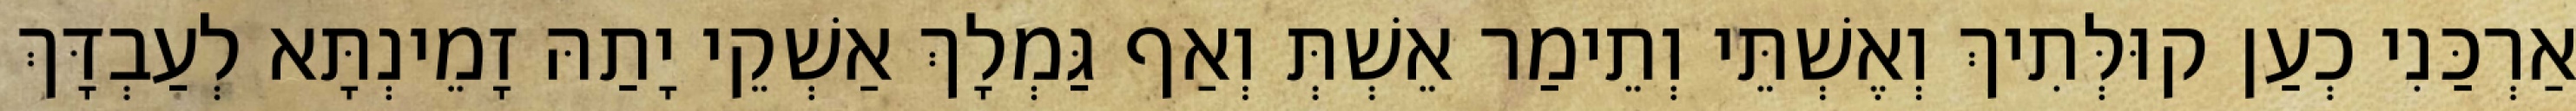
אַרְכַּנִי כְעַן קוּלְּתִיךְ וְאֶשְׁתֵּי וְתֵימַר אֵשְׁתְּ וְאַף גַּמְלָךְ אַשְׁקֵי יָתַהּ זָמֵינְתָּא לְעַבְדָּךְ